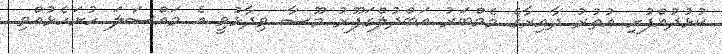
ކުޅުދުއްފުށި އުތުރު ދާއިރާގެ މެމްބަރު އަބްދުލްގަފޫރު މޫސާ ވިދާޅުވީ އެ މައްސަލަ ހުށަހެޅުއްވި